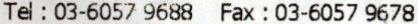
TEL : 03-6057 9688